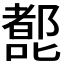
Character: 𰈷